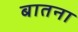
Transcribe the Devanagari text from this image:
बातना